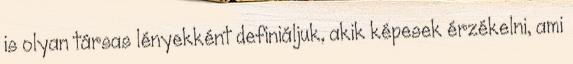
is olyan társas lényekként definiáljuk, akik képesek érzékelni, ami